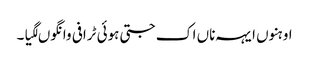
اوہنوں ایہہ ناں اک جتی ہوئی ٹرافی وانگوں لگیا۔